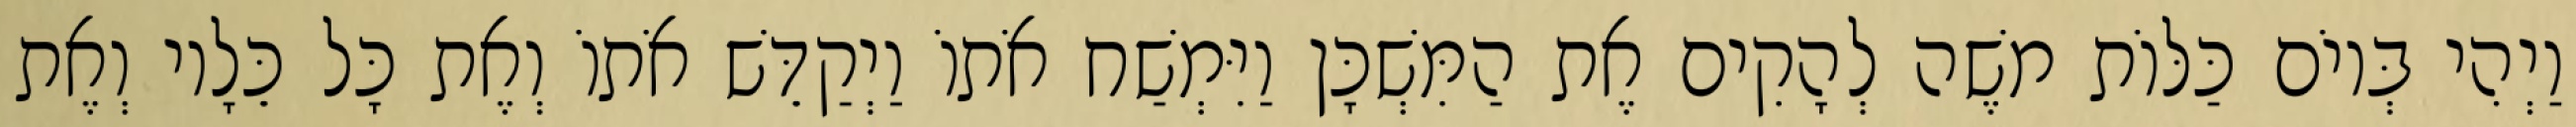
וַיְהִי בְּיוֹם כַּלּוֹת משֶׁה לְהָקִים אֶת הַמִּשְׁכָּן וַיִּמְשַׁח אֹתוֹ וַיְקַדֵּשׁ אֹתוֹ וְאֶת כָּל כֵּלָיו וְאֶת